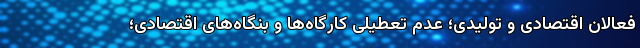
فعالان اقتصادی و تولیدی؛ عدم تعطیلی کارگاه‌ها و بنگاه‌های اقتصادی؛